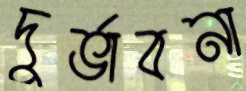
দুর্ভাবনা